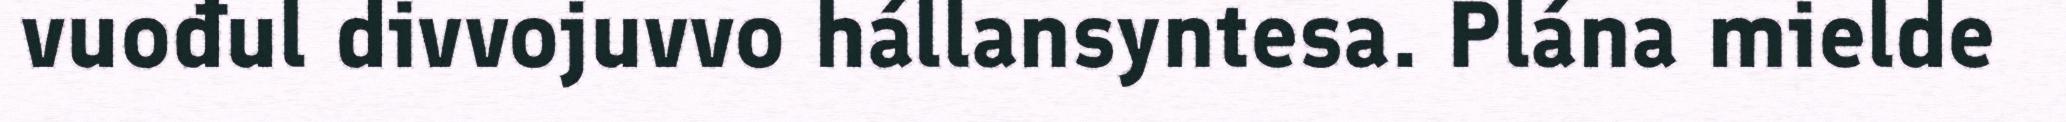
vuođul divvojuvvo hállansyntesa. Plána mielde